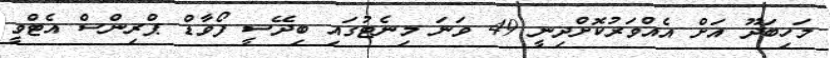
މަހިބަދޫ އަށް އެއްވަރުކޮށްދިނީ 49 ވަނަ މިނެޓުގައި ބިދޭސީ ފޯވާޑް ޕްރިންސް އެޓްވީ